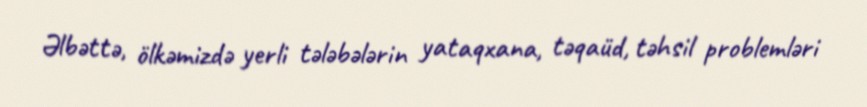
Əlbəttə, ölkəmizdə yerli tələbələrin yataqxana, təqaüd, təhsil problemləri